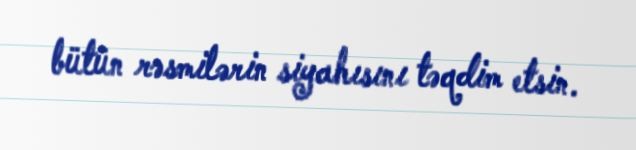
bütün rəsmilərin siyahısını təqdim etsin.